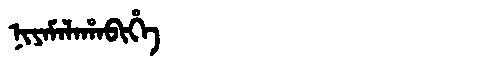
Manchu: ᠨᡳᠶᠠᠮᠠᠯᠠᡥᠠᠪᡳᡥᡝ
Romanization: NIYAMALAHABIHE